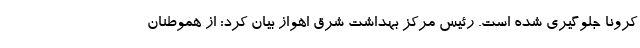
کرونا جلوگیری شده است. رئیس مرکز بهداشت شرق اهواز بیان کرد: از هموطنان